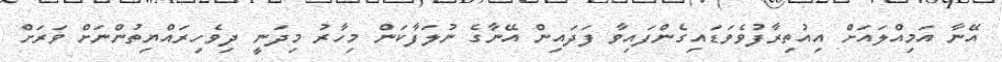
އޭނާ އަމިއްލައަށް އިއުތިރާފުވެވަޑައިގެންފައިވާ ފަދައިން އޭނާގެ ނުލަފާކަން މިހާރު މިދަނީ ދިވެހިރައްޔިތުންނަށް ވަރަށް